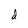
Character: d